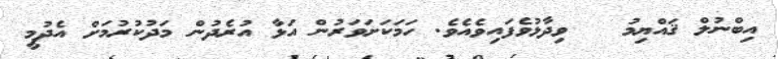
އިބްނުލް ޤައްޔިމު   ވިދާޅުވެފައިވެއެވެ. ހަމަކަށަވަރުން އަޅާ އުރެދުން މަދުކުރުމަށް އެދުމީ